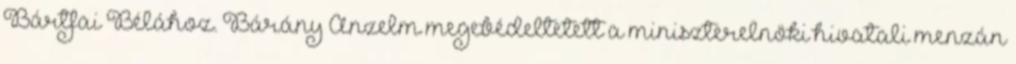
Bártfai Bélához. Bárány An­zelm meg­ebédeltetett a miniszterelnöki hivatali menzán